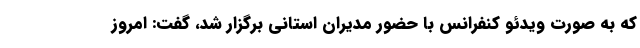
که به صورت ویدئو کنفرانس با حضور مدیران استانی برگزار شد، گفت: امروز